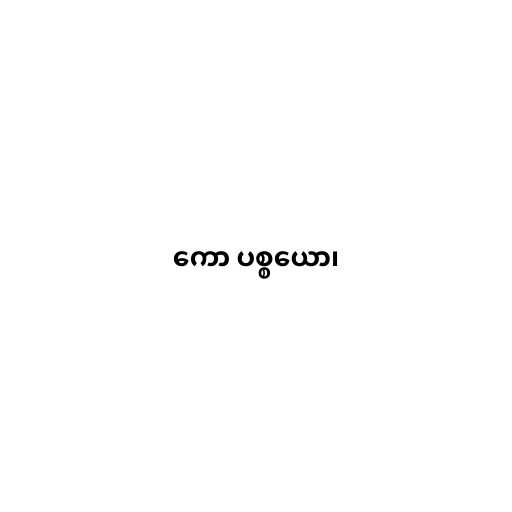
ကော ပစ္စယော၊